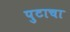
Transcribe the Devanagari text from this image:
पुटाचा